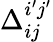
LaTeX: \Delta_{ij}^{i^{\prime}j^{\prime}}